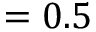
= 0 . 5